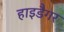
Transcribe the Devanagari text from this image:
हाइडैगर